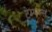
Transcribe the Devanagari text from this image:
टेम्पल्स